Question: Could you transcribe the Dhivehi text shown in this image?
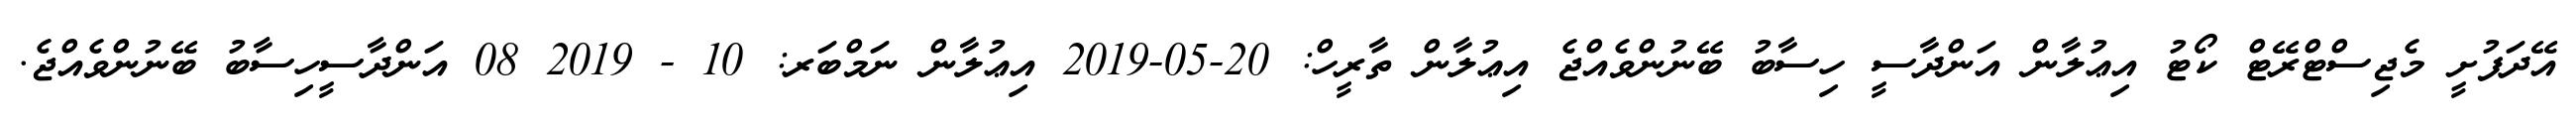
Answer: އޭދަފުށީ މެޖިސްޓްރޭޓް ކޯޓު އިޢުލާން އަންދާސީ ހިސާބު ބޭނުންވެއްޖެ އިޢުލާން ތާރީހް: 20-05-2019 އިޢުލާން ނަމްބަރ: 10 - 2019 08 އަންދާސީހިސާބު ބޭނުންވެއްޖެ.